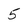
Character: 5